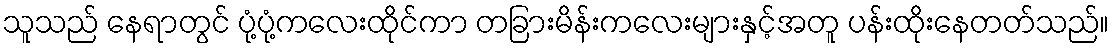
သူသည် နေရာတွင် ပုံ့ပုံ့ကလေးထိုင်ကာ တခြားမိန်းကလေးများနှင့်အတူ ပန်းထိုးနေတတ်သည်။